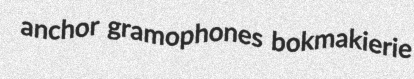
anchor gramophones bokmakierie